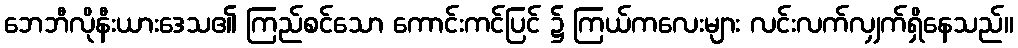
ဘေဘီလိုနီးယားဒေသ၏ ကြည်စင်သော ကောင်းကင်ပြင် ၌ ကြယ်ကလေးများ လင်းလက်လျှက်ရှိနေသည်။